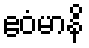
ဧဝံမာနိ